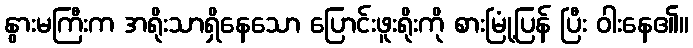
နွားမကြီးက အရိုးသာရှိနေသော ပြောင်းဖူးရိုးကို စားမြုံ့ပြန် ပြီး ဝါးနေ၏။